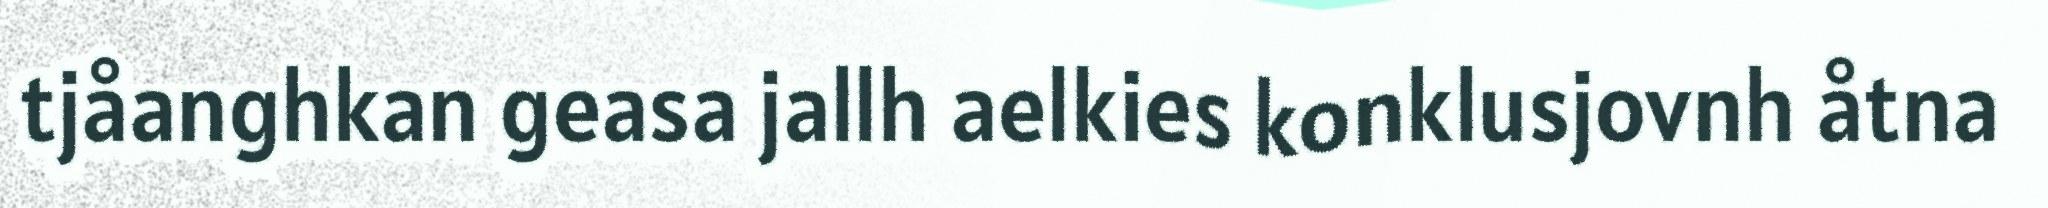
tjåanghkan geasa jallh aelkies konklusjovnh åtna